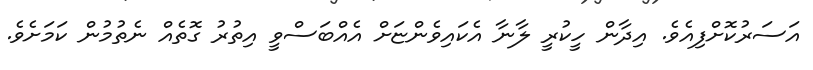
އަސަރުކޮށްފިއެވެ. އިދާން ހީކުރީ ލާނާ އެކައިވެންޏަށް އެއްބަސްވީ އިތުރު ގޮތެއް ނެތުމުން ކަމަށެވެ.